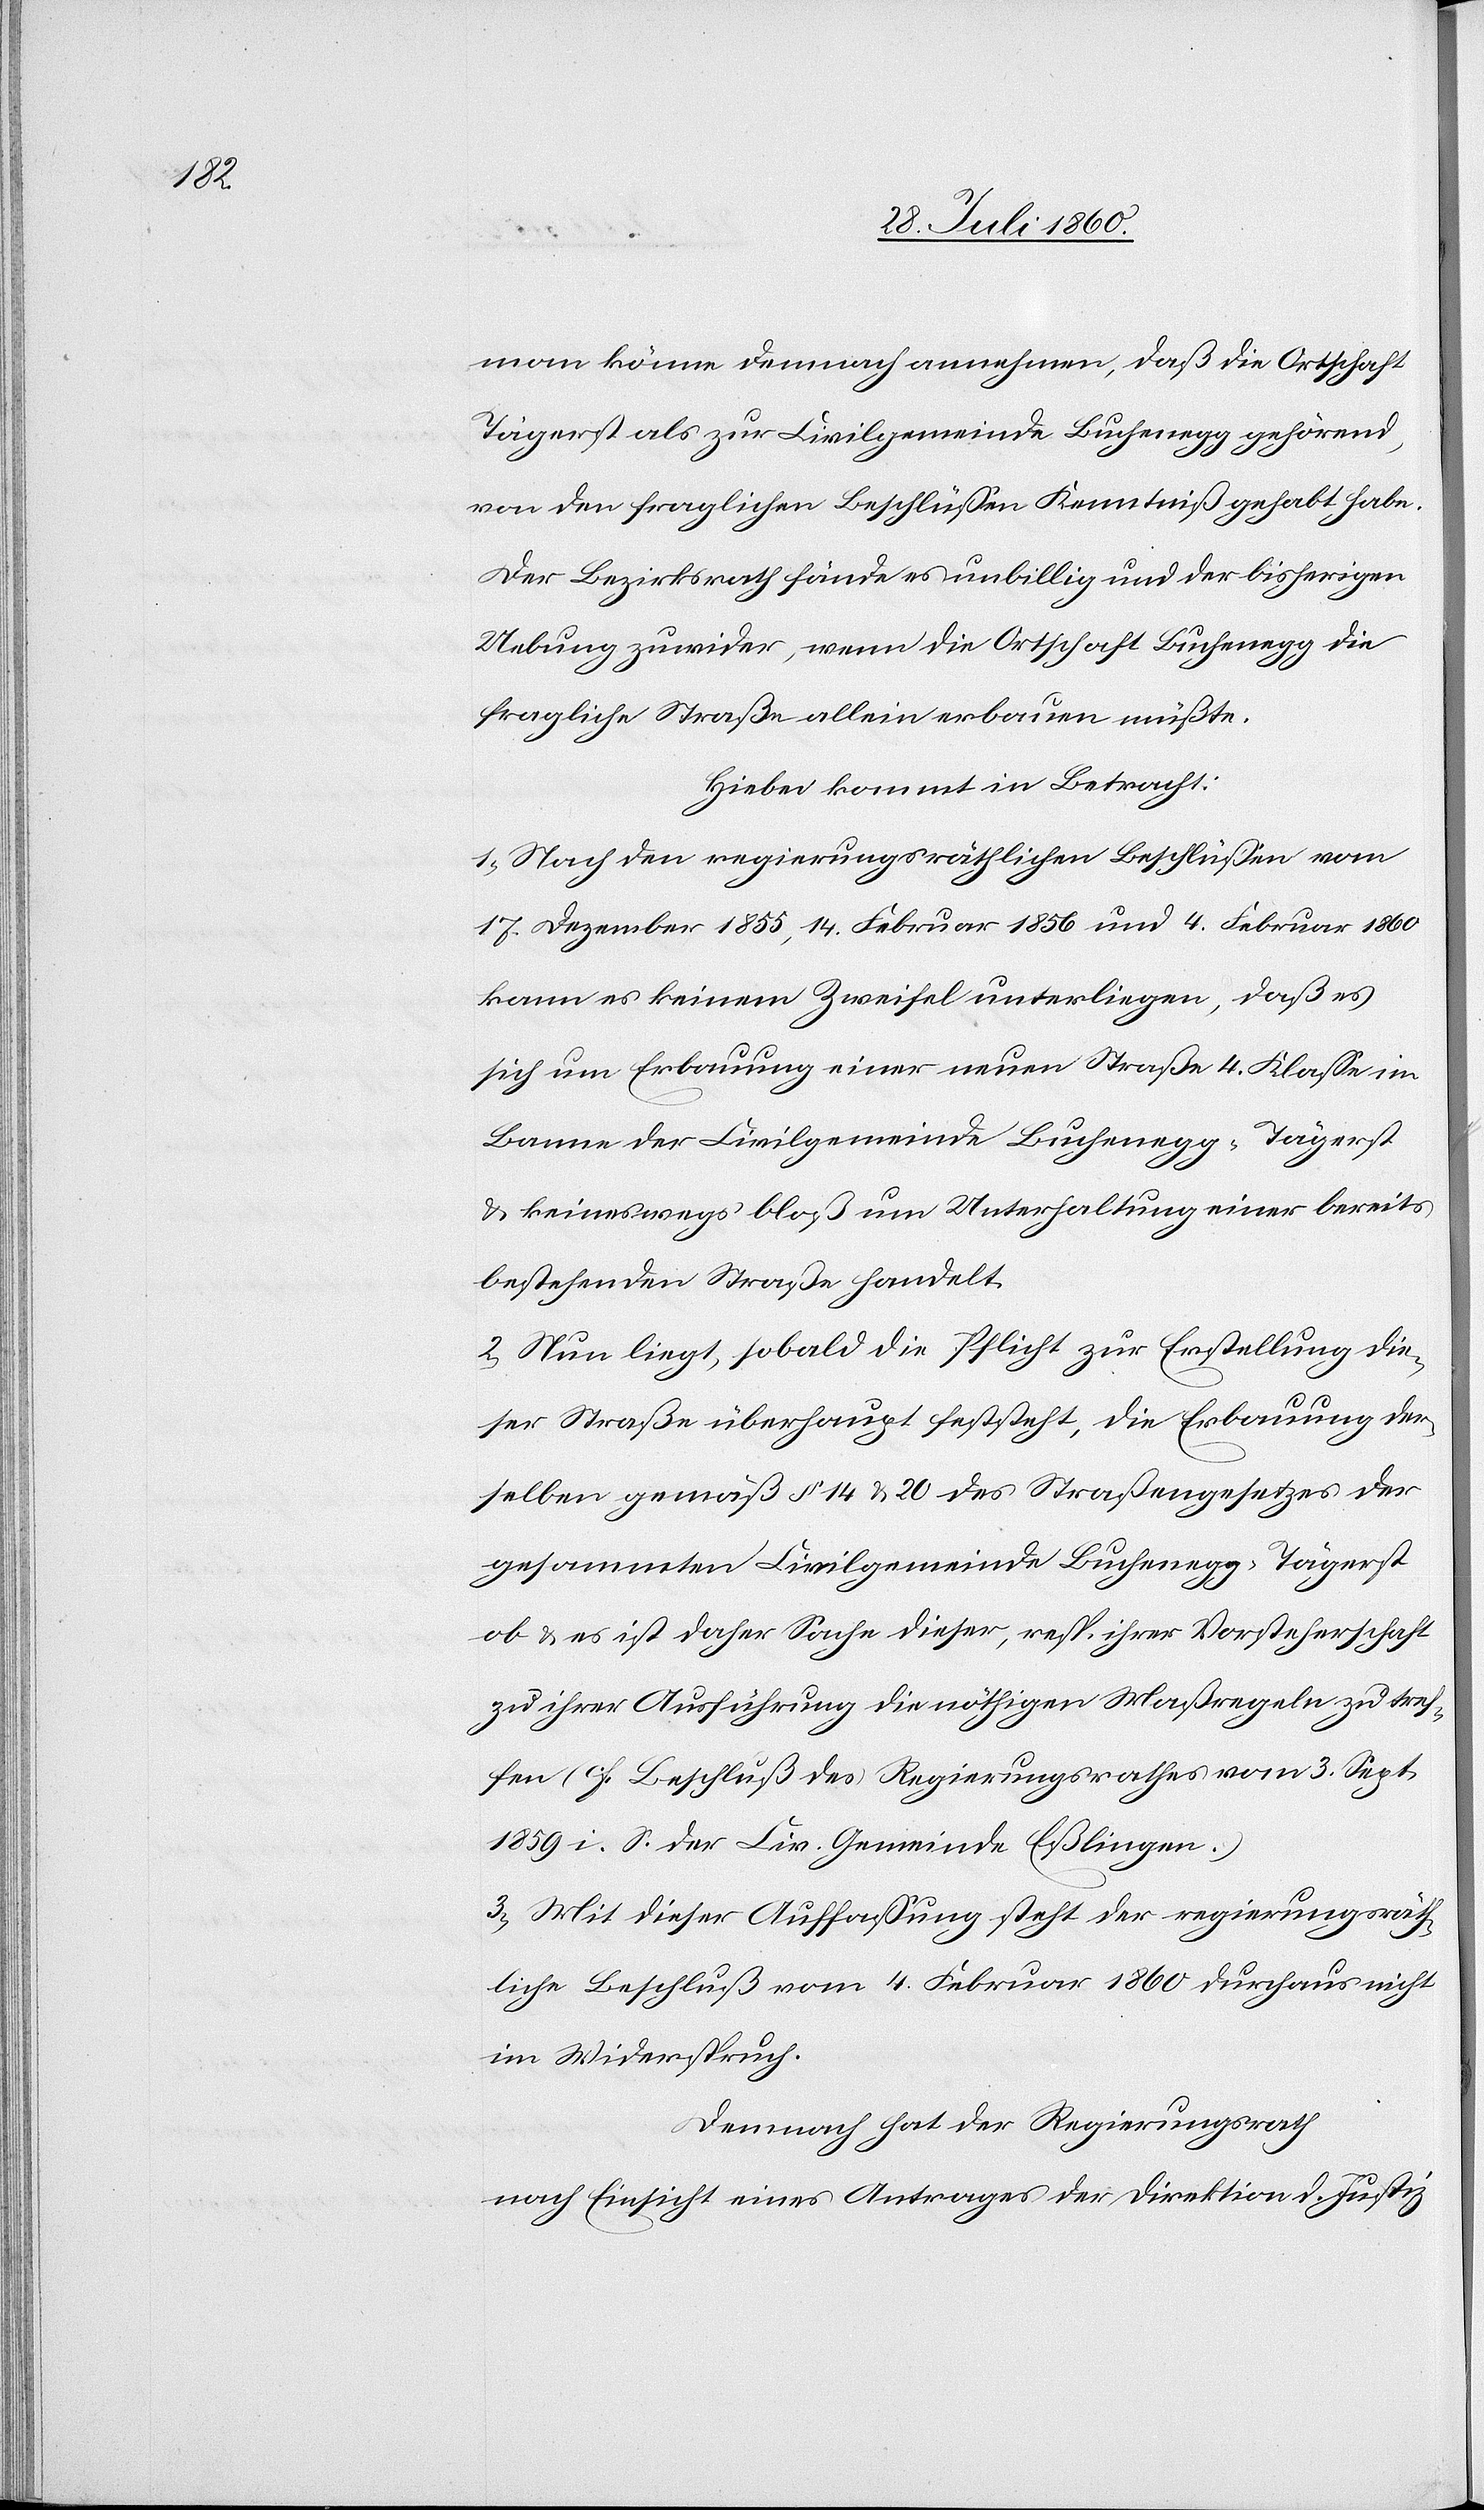
1859

man könne demnach annehmen, dass die Ortschaft
Tägerst als zur Civilgemeinde Buchenegg gehörend,
von den fraglichen Beschlüssen Kenntniss gehabt habe.
Der Bezirksrath fände es unbillig und der bisherigen
Uebung zu wider, wenn die Ortschaft Buchenegg die
fragliche Strasse allein erbauen müsste.
Hiebei kommt in Betracht:
1. Nach den regierungsräthlichen Beschlüssen vom
kann es keinem Zweifel unterliegen, dass es
sich um Erbauung einer neuen Strasse 4tr Klasse im
Banne der Civilgemeinde Buchenegg-Tägerst
u. keineswegs bloss um Unterhaltung einer bereits
bestehenden Strasse handelt.
2. Nun liegt, sobald die Pflicht zur Erstellung die¬
ser Strasse überhaupt feststeht, die Erbauung der¬
selben gemäss §. 14. u. 20 des Strassengesetzes der
gesammten Civilgemeinde Buchenegg-Tägerst
ob u. es ist daher Sache dieser, resp. ihrer Vorsteherschaft,
zu ihrer Ausführung die nöthigen Massregeln zu tref¬
fen (s. Beschluß des Regierungsrathes vom 3. Sept¬
3. Mit dieser Auffassung steht der regierungsräth¬
liche Beschluß vom 4. Februar 1860 durchaus nicht
im Widerspruch.
Demnach hat der Regierungsrath,
nach Einsicht eines Antrages der Direktion der Justiz,